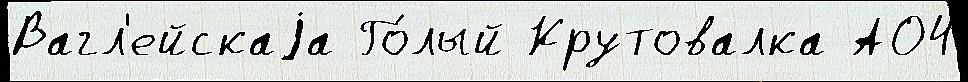
Вагл'ейскаjа Го́лый Крутовалка АО4